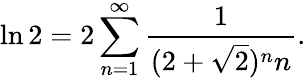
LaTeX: \ln 2=2\sum_{n=1}^{\infty}{\frac{1}{(2+{\sqrt{2}})^{n}n}}.